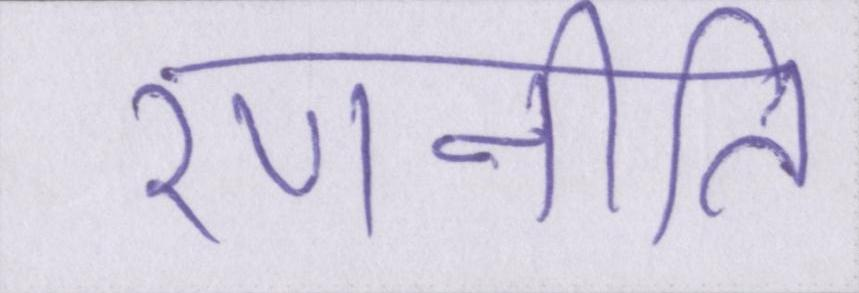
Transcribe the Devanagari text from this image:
रणनीति